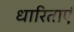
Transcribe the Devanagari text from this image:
धारिताएं